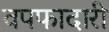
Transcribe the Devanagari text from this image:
वपफादारी